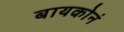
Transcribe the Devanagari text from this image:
बायकोनं